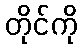
တိုင်ကို